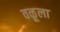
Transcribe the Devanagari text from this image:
वळूला